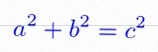
a^2+b^2=c^2